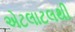
એટલાટલથી